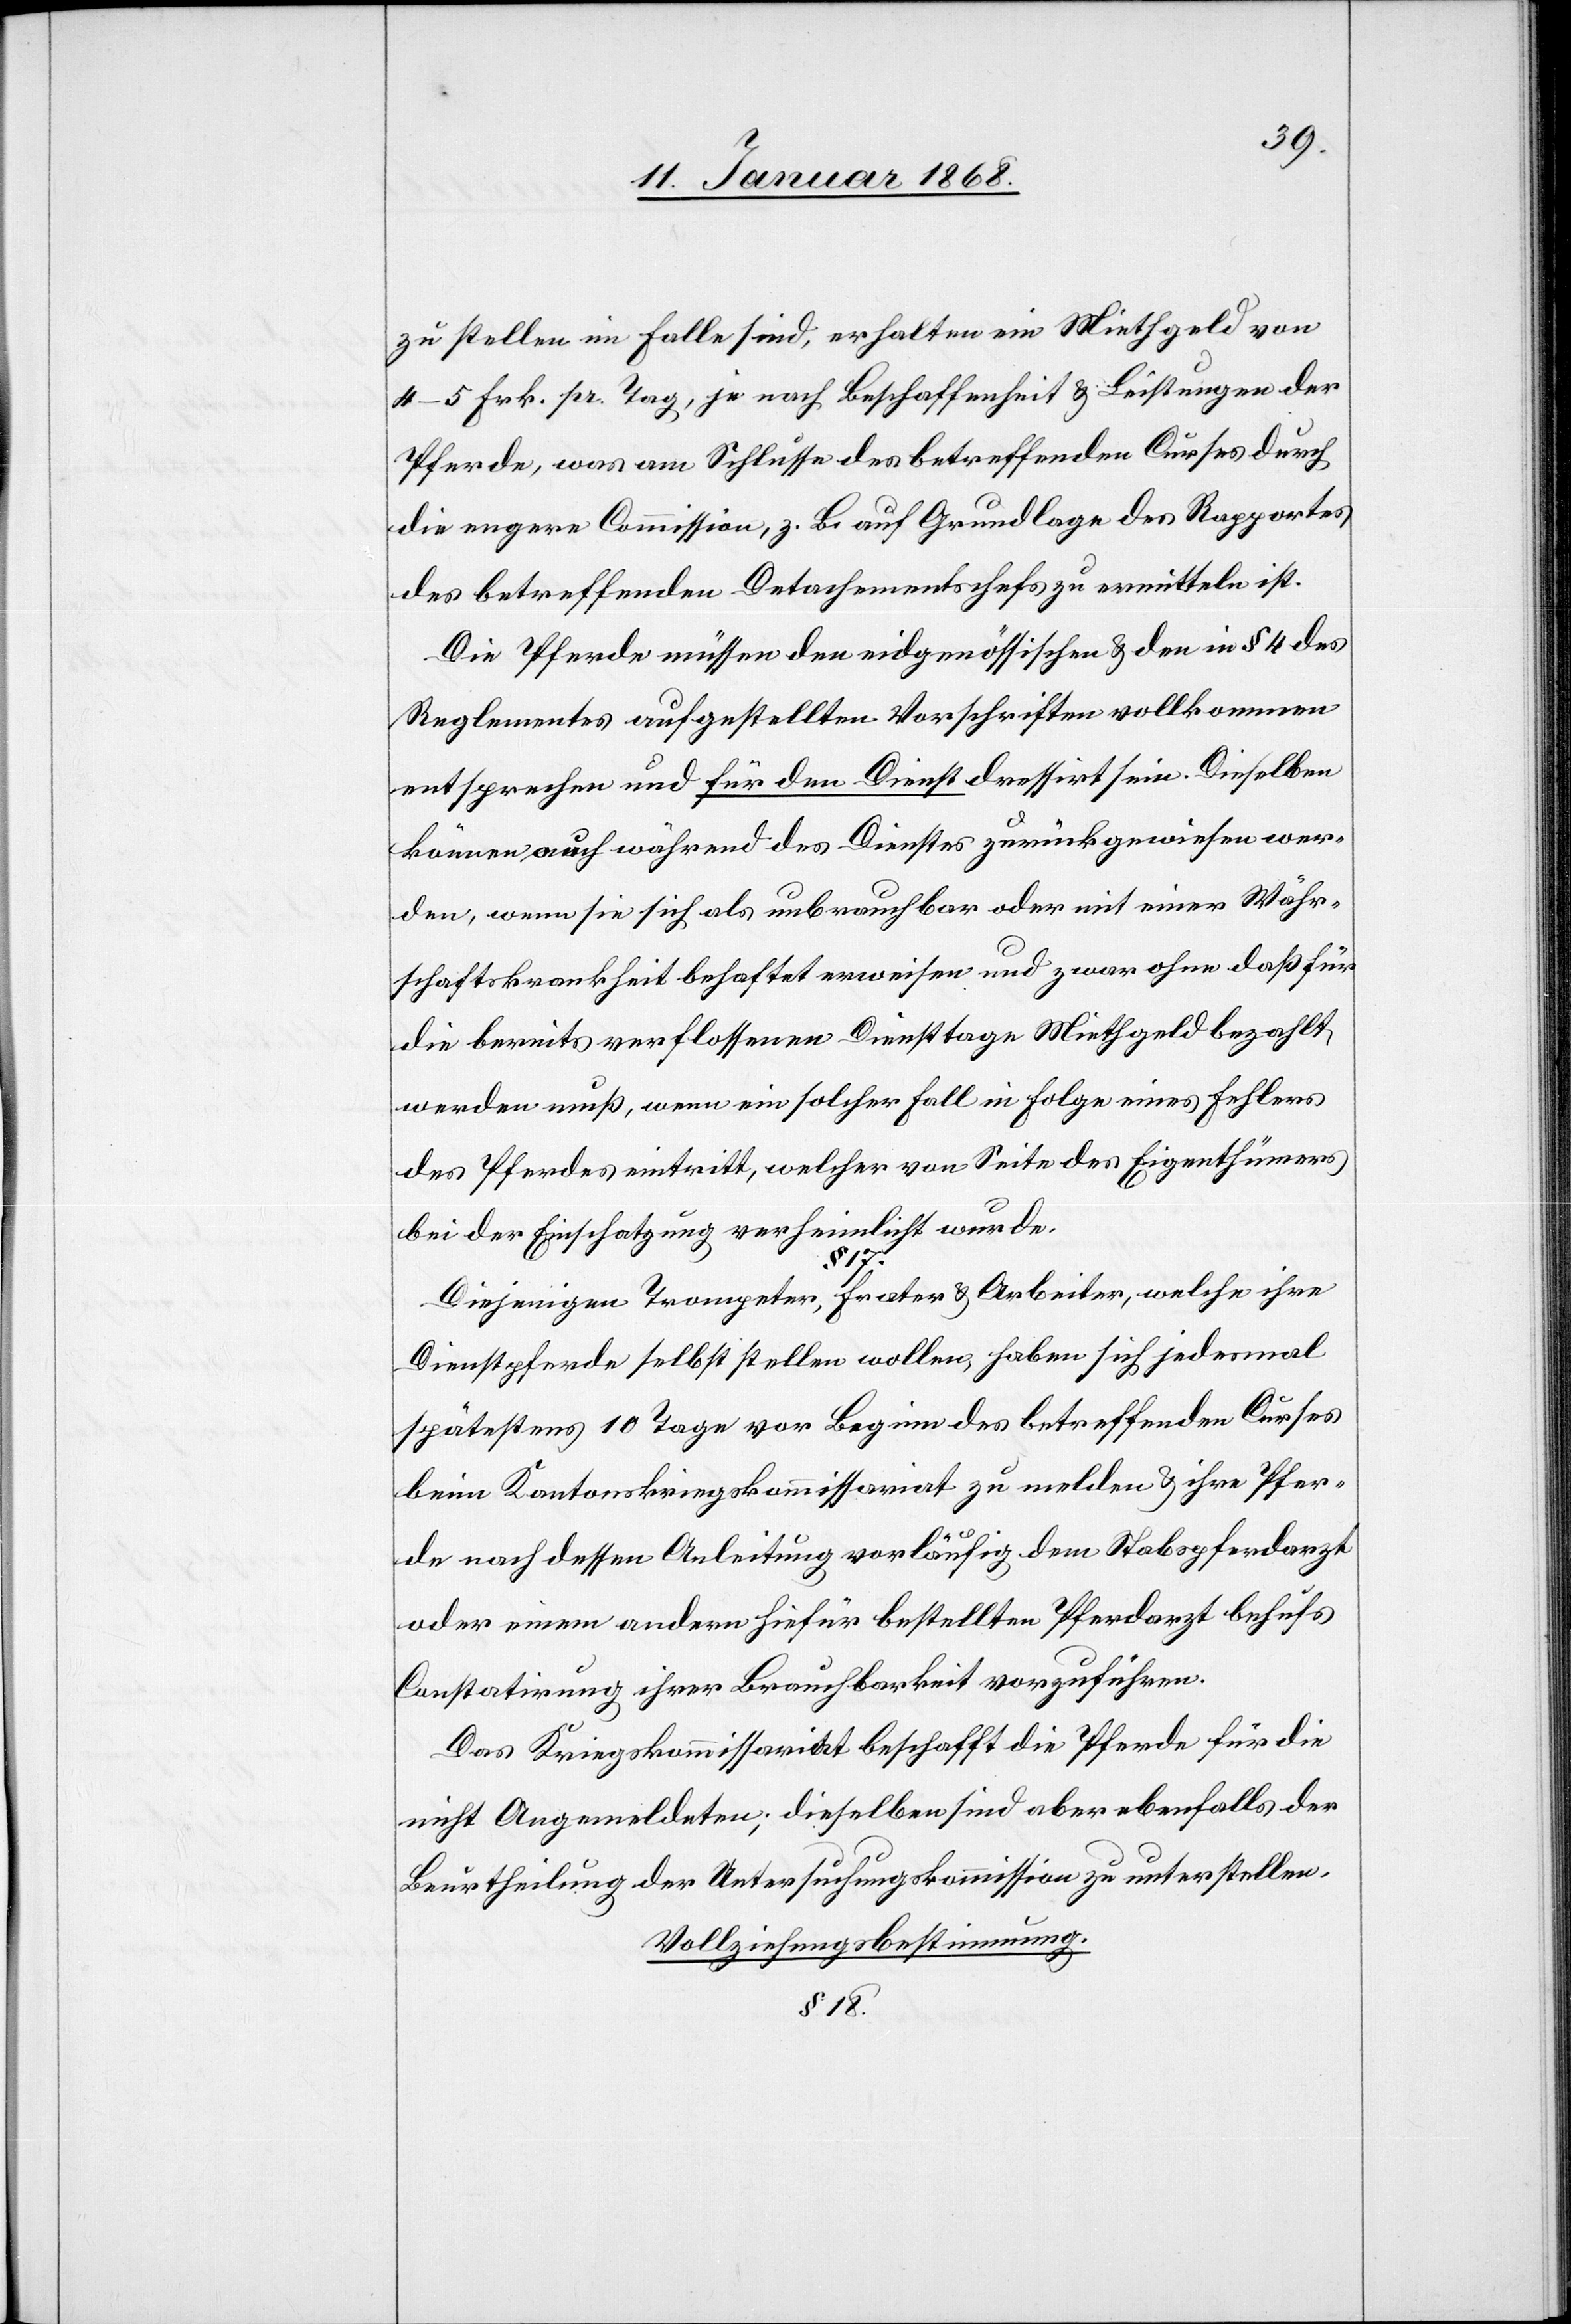
zu stellen im Falle sind, erhalten ein Miethgeld von
4–5 Frk. pr. Tag, je nach Beschaffenheit & Leistungen der
Pferde, was am Schlusse des betreffenden Curses durch
die engere Commission, z. B. auf Grundlage des Rapportes
des betreffenden Detachementschefs zu ermitteln ist.
Die Pferde müssen den eidgenössischen & den in § 4 des
Reglementes aufgestellten Vorschriften vollkommen
entsprechen und für den Dienst dressirt sein. Dieselben
können auch während des Dienstes zurückgewiesen wer¬
den, wenn sie sich als unbrauchbar oder mit einer Währ¬
schaftskrankheit behaftet erweisen und zwar ohne daß für
die bereits verflossenen Diensttage Miethgeld bezahlt
werden muß, wenn ein solcher Fall in Folge eines Fehlers
des Pferdes eintritt, welcher von Seite des Eigenthümers
bei der Einschatzung verheimlicht wurde.
17.
Diejenigen Trompeter, Frater & Arbeiter, welche ihre
Dienstpferde selbst stellen wollen, haben sich jedesmal
spätestens 10 Tage vor Beginn des betreffenden Curses
beim Kantonskriegskommissariat zu melden & ihre Pfer¬
de nach dessen Anleitung vorläufig dem Stabspferdarzt
oder einem andern hiefür bestellten Pferdarzt behufs
Constatirung ihrer Brauchbarkeit vorzuführen.
Das Kriegskommissariat beschafft die Pferde für die
nicht Angemeldeten; dieselben sind aber ebenfalls der
Beurtheilung der Untersuchungskommission zu unterstellen.
Vollziehungsbestimmung.
§ 18.